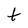
Character: t